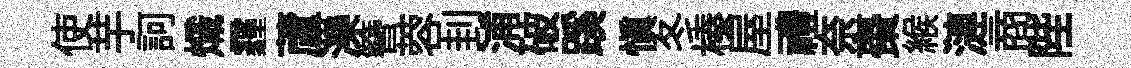
使芋訶熾霾蘆濼簪蓉刲浦破蹊慎冬榛屋禮奈棗緱漣商陛